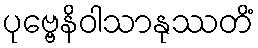
ပုဗ္ဗေနိဝါသာနုဿတိံ